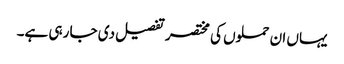
یہاں ان حملوں کی مختصر تفصیل دی جا رہی ہے۔